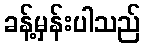
ခန့်မှန်းပါသည်